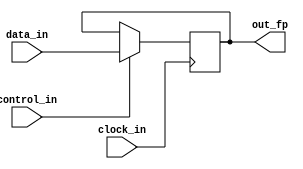
module flipflop 
(
	data_in,
	clock_in, 
	control_in, 
	out_fp
);

	input data_in;
	input clock_in;
	input control_in;
	
	output reg out_fp;
	
	always@(posedge clock_in) begin
		if (control_in==1) begin
			out_fp = data_in;
		end
		end
		endmodule